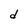
Character: d